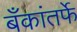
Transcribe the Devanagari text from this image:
बँकांतर्फे